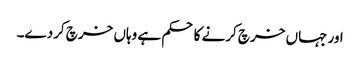
اور جہاں خرچ کرنے کا حکم ہے وہاں خرچ کردے۔